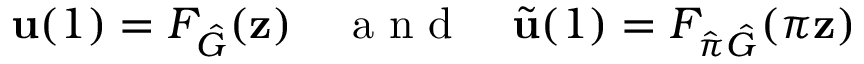
\mathbf { u } ( 1 ) = F _ { \hat { G } } ( \mathbf { z } ) \quad \mathrm { ~ a ~ n ~ d ~ } \quad \tilde { \mathbf { u } } ( 1 ) = F _ { \hat { \pi } \hat { G } } ( \pi \mathbf { z } )